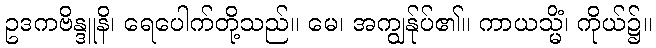
ဥဒကဗိန္ဒူနိ၊ ရေပေါက်တို့သည်။ မေ၊ အကျွန်ုပ်၏။ ကာယသ္မိံ၊ ကိုယ်၌။